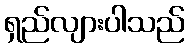
ရှည်လျားပါသည်